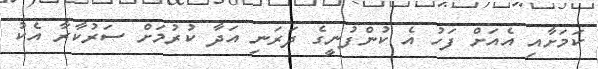
ކަމަށާއި އެއަށް ފަހު އެ ކުންފުނީގެ ދަރަނި އަދާ ކުރުމަށް ސަރުކާރާ އެކު